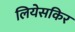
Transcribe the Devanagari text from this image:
लियेसकिर